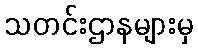
သတင်းဌာနများမှ